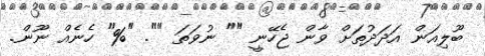
ބޫލިއަން އަދަދުތަށް ވާން ޖެހޭނީ "" ނުވަތަ "". "%" ހެނެއް ނޫން.